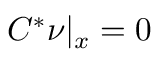
C ^ { * } \nu | _ { x } = 0